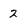
Character: 2